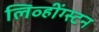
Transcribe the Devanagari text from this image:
लिव्हींग्स्टन